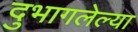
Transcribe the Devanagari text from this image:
दुभागलेल्या